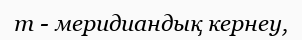
m - меридиандық кернеу,